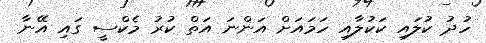
ހުދު ކުލައި ކަކުލާއި ހަމައަށް އަންނަ އަތް ކުރު މެކްސީ ގައި އޭނާ